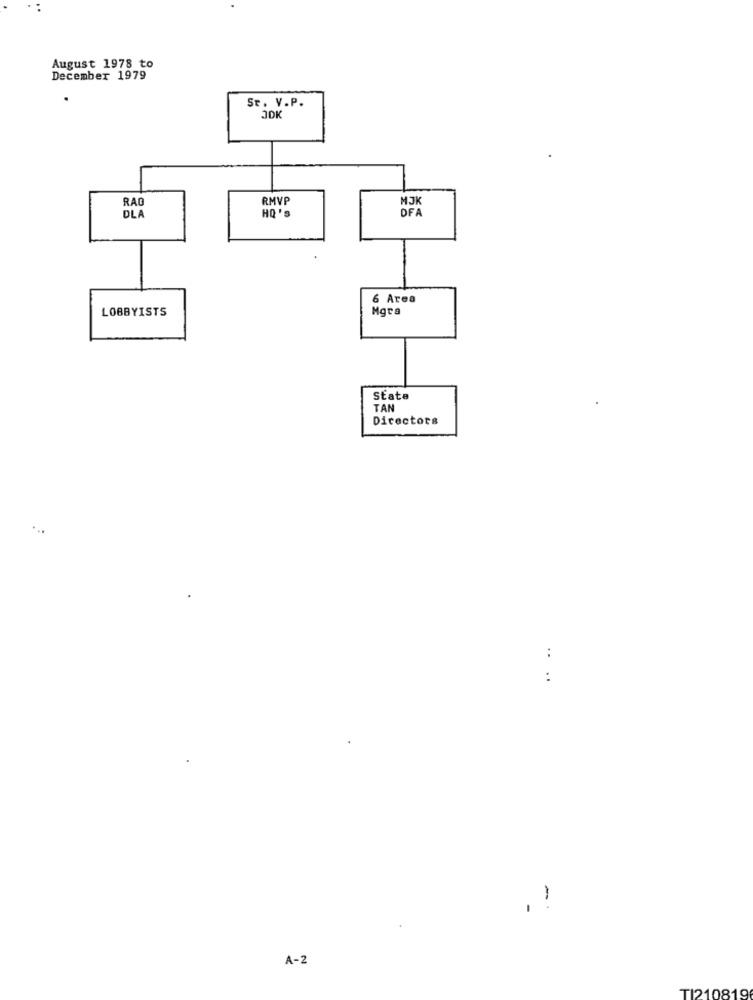
August 1978 to
December 1979
Sr. V.P.
JDK
RA
RMVP
HO 'S
MJK
DLA
6 Area
LOBBYISTS
Maca
State
TAN
Directors
....
-
A-2
TI210819